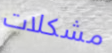
مشكلات